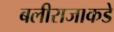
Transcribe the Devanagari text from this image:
बलीराजाकडे